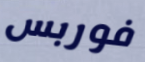
فوربس